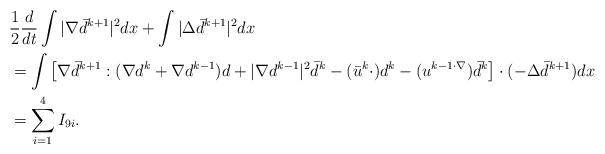
LaTeX: \begin{align*}\begin{aligned}&\frac{1}{2}\frac{d}{dt}\int|\nabla \bar{d}^{k+1}|^2 dx+\int |\Delta \bar{d}^{k+1}|^2dx\\&=\int \left[\nabla \bar{d}^{k+1}: (\nabla d^k+\nabla d^{k-1})d+|\nabla d^{k-1}|^2 \bar{d}^k -(\bar{u}^k \cdot)d^k-(u^{k-1 \cdot \nabla})\bar{d}^k\right]\cdot (-\Delta \bar{d}^{k+1})dx\\&=\sum_{i=1}^4 I_{9i}.\end{aligned}\end{align*}